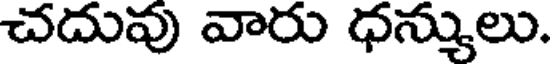
చదువు వారు ధన్యులు.